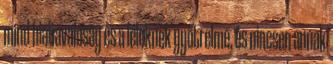
mind hiábavalóság és a léleknek gyötrelme, és nincsen annak